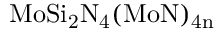
\mathrm { M o S i _ { 2 } N _ { 4 } ( M o N ) _ { 4 n } }